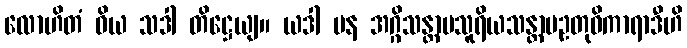
လောဟိတံ ဝိယ သဒါ တိဋ္ဌေယျ။ ယဒါ ပန အဂ္ဂိသန္တာပသူရိယသန္တာပဥတုဝိကာရာဒီဟိ